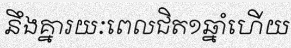
នឹងគ្នារយៈពេលជិត១ឆ្នាំហើយ